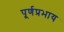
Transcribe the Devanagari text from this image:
पूर्णप्रभाय